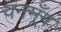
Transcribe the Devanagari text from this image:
वनमूँग